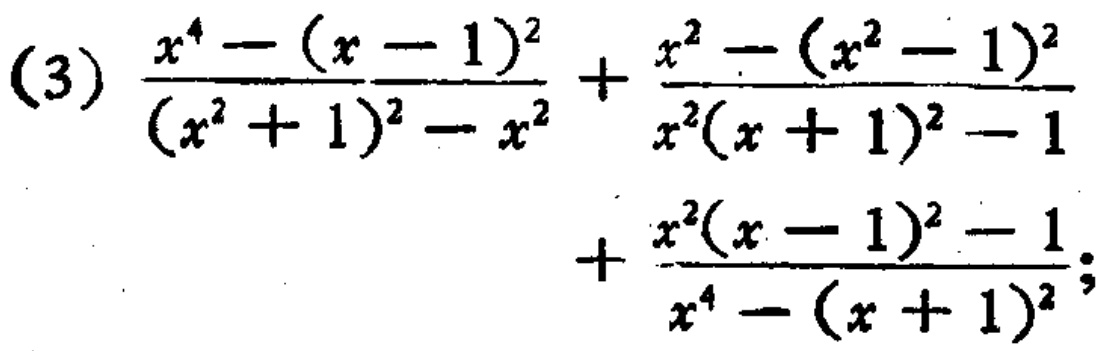
\[\frac{x^{4}-(x - 1)^{2}}{(x^{2}+1)^{2}-x^{2}}+\frac{x^{2}-(x^{2}-1)^{2}}{x^{2}(x + 1)^{2}-1}+\frac{x^{2}(x - 1)^{2}-1}{x^{4}-(x + 1)^{2}}\]